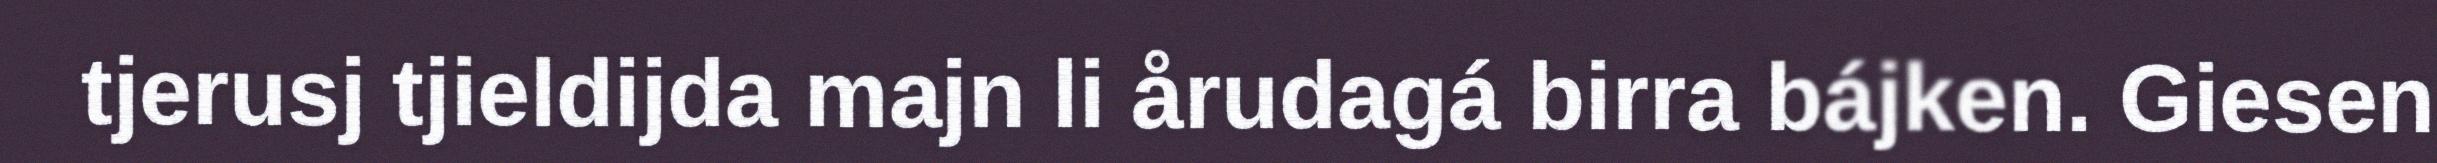
tjerusj tjieldijda majn li årudagá birra bájken. Giesen